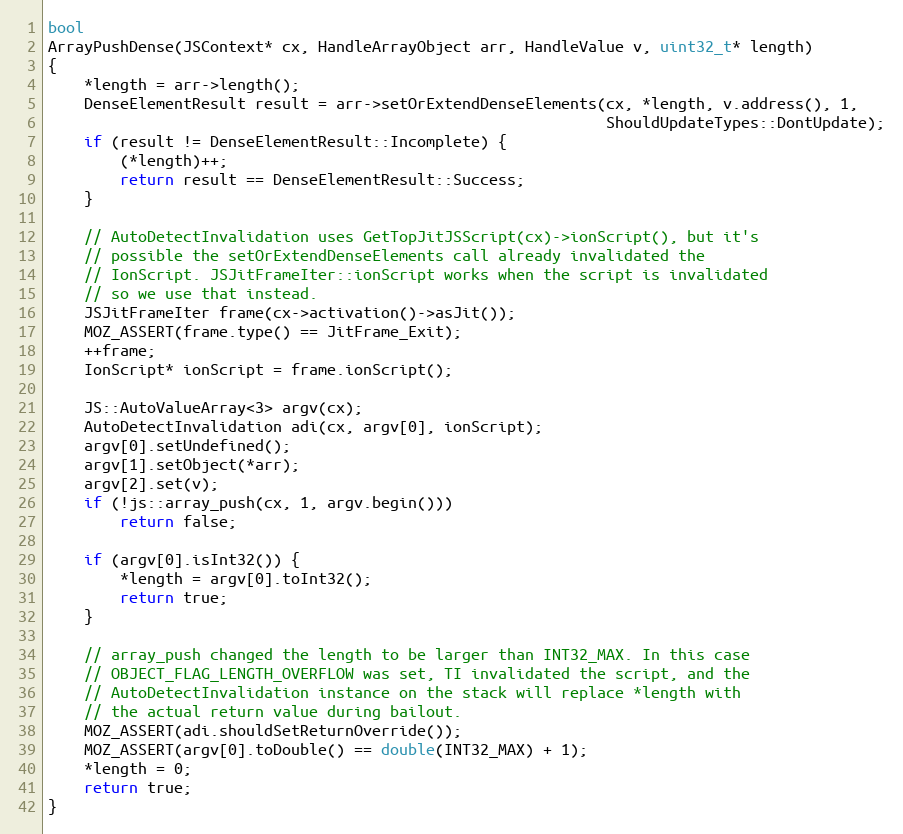
Language: C++
bool
ArrayPushDense(JSContext* cx, HandleArrayObject arr, HandleValue v, uint32_t* length)
{
    *length = arr->length();
    DenseElementResult result = arr->setOrExtendDenseElements(cx, *length, v.address(), 1,
                                                              ShouldUpdateTypes::DontUpdate);
    if (result != DenseElementResult::Incomplete) {
        (*length)++;
        return result == DenseElementResult::Success;
    }

    // AutoDetectInvalidation uses GetTopJitJSScript(cx)->ionScript(), but it's
    // possible the setOrExtendDenseElements call already invalidated the
    // IonScript. JSJitFrameIter::ionScript works when the script is invalidated
    // so we use that instead.
    JSJitFrameIter frame(cx->activation()->asJit());
    MOZ_ASSERT(frame.type() == JitFrame_Exit);
    ++frame;
    IonScript* ionScript = frame.ionScript();

    JS::AutoValueArray<3> argv(cx);
    AutoDetectInvalidation adi(cx, argv[0], ionScript);
    argv[0].setUndefined();
    argv[1].setObject(*arr);
    argv[2].set(v);
    if (!js::array_push(cx, 1, argv.begin()))
        return false;

    if (argv[0].isInt32()) {
        *length = argv[0].toInt32();
        return true;
    }

    // array_push changed the length to be larger than INT32_MAX. In this case
    // OBJECT_FLAG_LENGTH_OVERFLOW was set, TI invalidated the script, and the
    // AutoDetectInvalidation instance on the stack will replace *length with
    // the actual return value during bailout.
    MOZ_ASSERT(adi.shouldSetReturnOverride());
    MOZ_ASSERT(argv[0].toDouble() == double(INT32_MAX) + 1);
    *length = 0;
    return true;
}